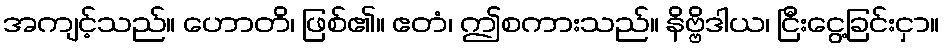
အကျင့်သည်။ ဟောတိ၊ ဖြစ်၏။ ဧတံ၊ ဤစကားသည်။ နိဗ္ဗိဒါယ၊ ငြီးငွေ့ခြင်းငှာ။